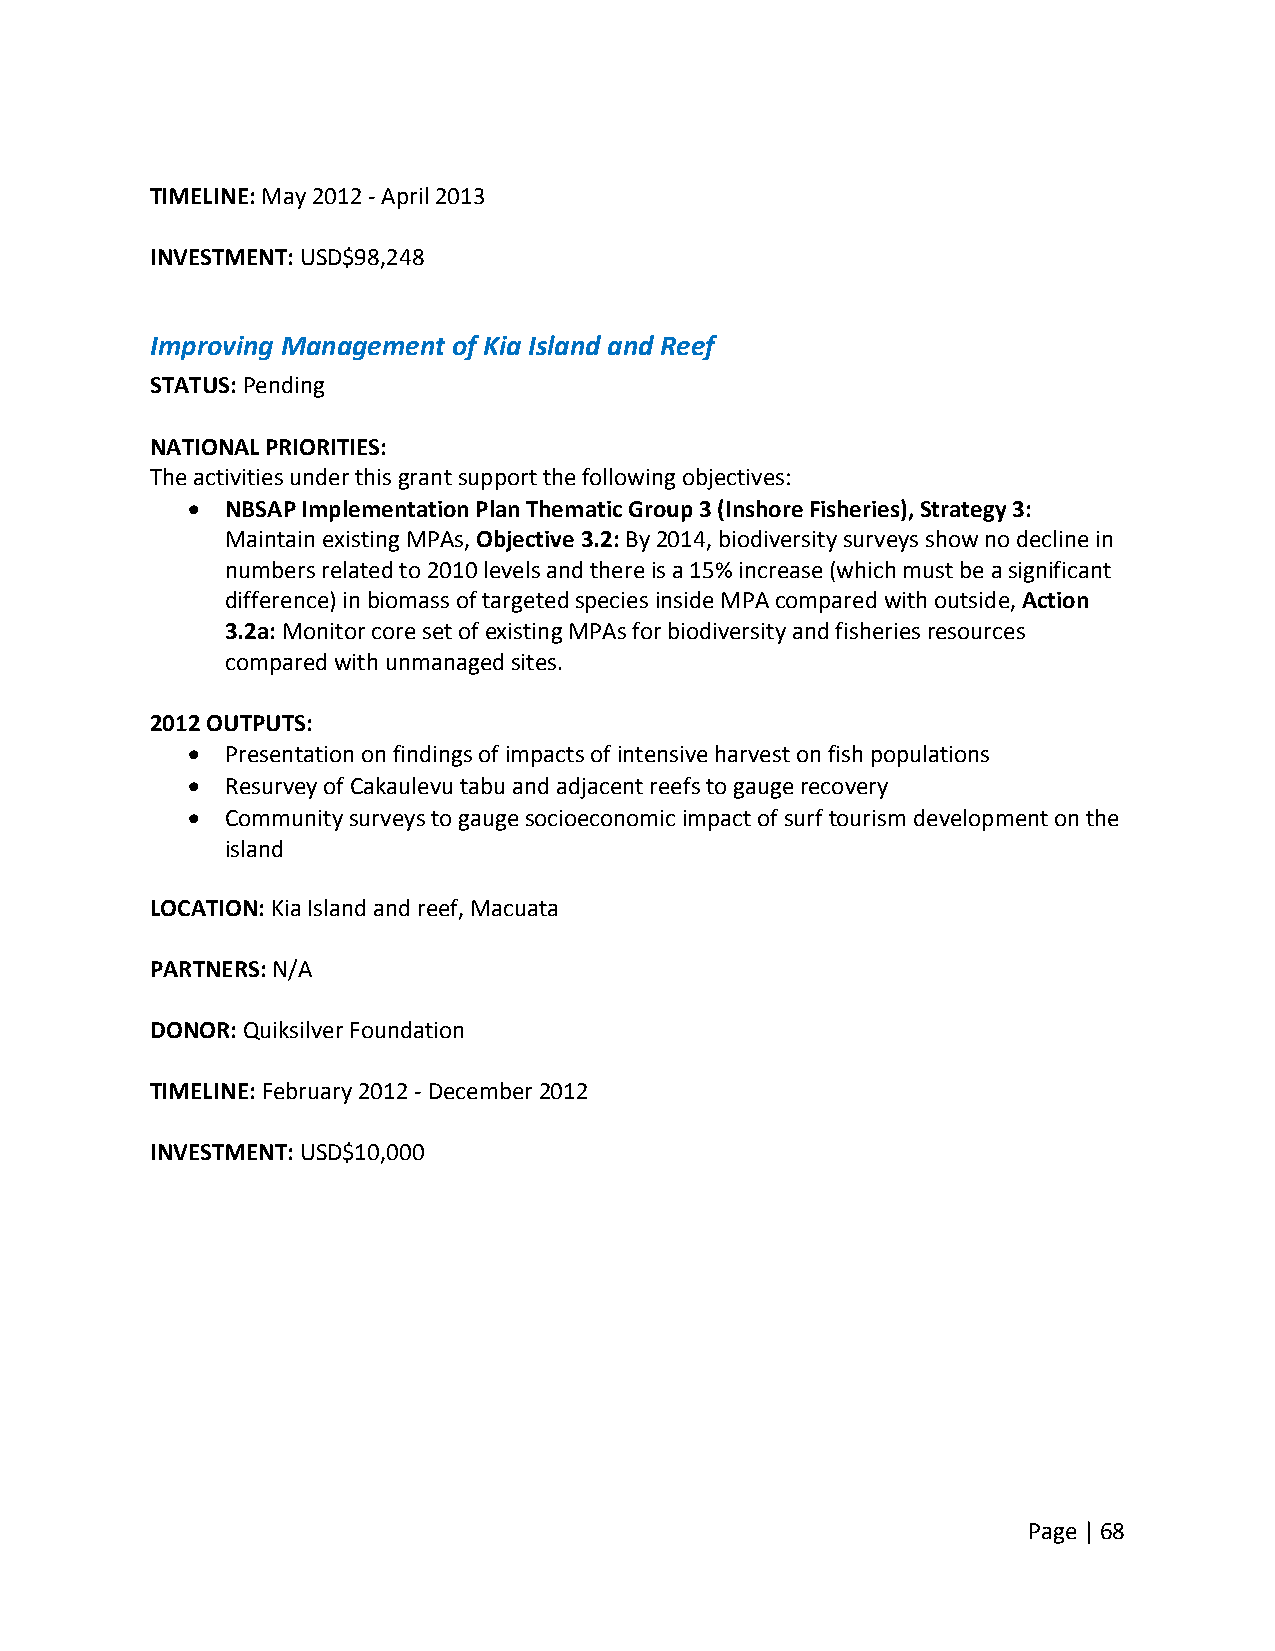
TIMELINE: May 2012 ‐ April 2013
 INVESTMENT: USD$98,248
 Improving Management of Kia Island and Reef
 STATUS: Pending
 NATIONAL PRIORITIES:
 The activities under this grant support the following objectives:
   NBSAP Implementation Plan Thematic Group 3 (Inshore Fisheries), Strategy 3:
 Maintain existing MPAs, Objective 3.2: By 2014, biodiversity surveys show no decline in
 numbers related to 2010 levels and there is a 15% increase (which must be a significant
 difference) in biomass of targeted species inside MPA compared with outside, Action
 3.2a: Monitor core set of existing MPAs for biodiversity and fisheries resources
 compared with unmanaged sites.
 2012 OUTPUTS:
   Presentation on findings of impacts of intensive harvest on fish populations
   Resurvey of Cakaulevu tabu and adjacent reefs to gauge recovery
   Community surveys to gauge socioeconomic impact of surf tourism development on the
 island
 LOCATION: Kia Island and reef, Macuata
 PARTNERS: N/A
 DONOR: Quiksilver Foundation
 TIMELINE: February 2012 ‐ December 2012
 INVESTMENT: USD$10,000
 Page | 68